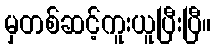
မှတစ်ဆင့်ကူးယူပြီးပြီ။